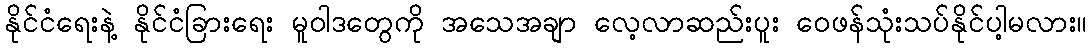
နိုင်ငံရေးနဲ့ နိုင်ငံခြားရေး မူဝါဒတွေကို အသေအချာ လေ့လာဆည်းပူး ဝေဖန်သုံးသပ်နိုင်ပါ့မလား။